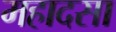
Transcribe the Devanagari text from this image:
महादसा